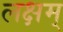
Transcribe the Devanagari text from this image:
लक्षम्